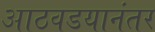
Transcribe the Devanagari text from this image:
आठवडयानंतर